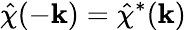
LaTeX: \hat{\chi}(-\mathbf{k})=\hat{\chi}^{*}(\mathbf{k})